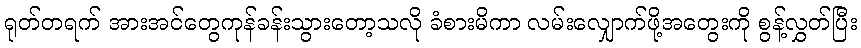
ရုတ်တရက် အားအင်တွေကုန်ခန်းသွားတော့သလို ခံစားမိကာ လမ်းလျှောက်ဖို့အတွေးကို စွန့်လွှတ်ပြီး